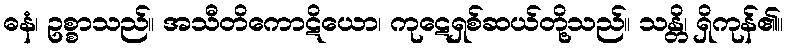
ဓနံ၊ ဥစ္စာသည်။ အသီတိကောဋိယော၊ ကုဋေရှစ်ဆယ်တို့သည်။ သန္တိ၊ ရှိကုန်၏။